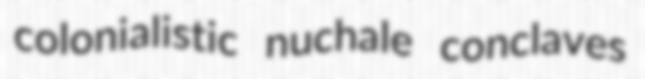
colonialistic nuchale conclaves